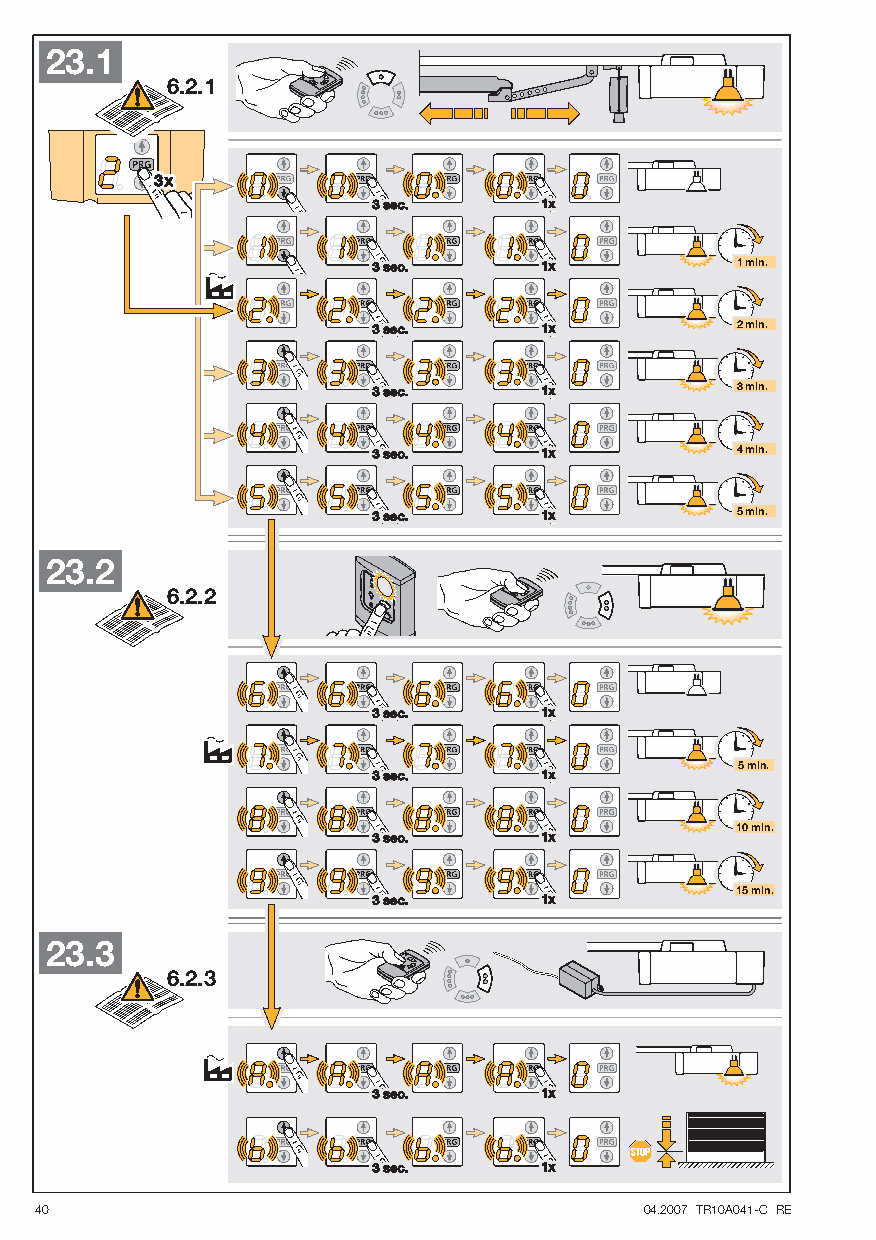
23.1
 6.2.1
 1 min.
 2 min.
 3 min.
 4 min.
 5 min.
 23.2
 6.2.2
 5 min.
 10 min.
 15 min.
 23.3
 6.2.3
 40                                       04.2007 TR10A041-C RE